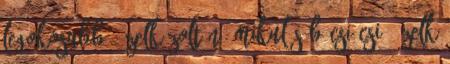
legokosabb 1 Zelk Zoltán: Mikulás bácsi csi 1 Zelk